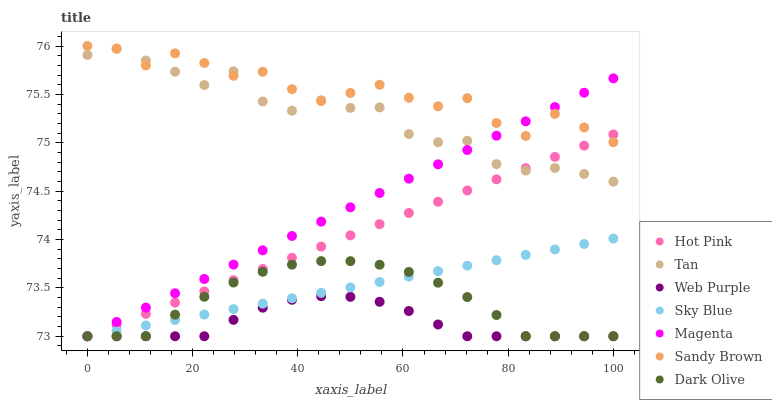
| xaxis_label | Hot Pink | Tan | Web Purple | Sky Blue | Magenta | Sandy Brown | Dark Olive |
 | --- | --- | --- | --- | --- | --- | --- | --- |
 | 0 | 73 | 75.9 | 73 | 73 | 73 | 76 | 73 |
 | 5.56 | 73.1 | 76 | 73 | 73.1 | 73.1 | 76 | 73 |
 | 11.1 | 73.2 | 75.9 | 73 | 73.1 | 73.3 | 75.8 | 73 |
 | 16.7 | 73.3 | 75.7 | 73 | 73.2 | 73.4 | 75.9 | 73.2 |
 | 22.2 | 73.5 | 75.6 | 73 | 73.2 | 73.6 | 75.8 | 73.4 |
 | 27.8 | 73.6 | 75.7 | 73.2 | 73.3 | 73.7 | 75.7 | 73.6 |
 | 33.3 | 73.7 | 75.4 | 73.3 | 73.3 | 73.9 | 75.7 | 73.7 |
 | 38.9 | 73.8 | 75.3 | 73.4 | 73.4 | 74 | 75.6 | 73.7 |
 | 44.4 | 73.9 | 75.4 | 73.4 | 73.4 | 74.2 | 75.4 | 73.8 |
 | 50 | 74 | 75.4 | 73.4 | 73.5 | 74.3 | 75.5 | 73.8 |
 | 55.6 | 74.2 | 75.4 | 73.4 | 73.6 | 74.5 | 75.6 | 73.7 |
 | 61.1 | 74.3 | 75.1 | 73.3 | 73.6 | 74.6 | 75.5 | 73.7 |
 | 66.7 | 74.4 | 75 | 73.1 | 73.7 | 74.8 | 75.4 | 73.6 |
 | 72.2 | 74.5 | 75 | 73 | 73.7 | 74.9 | 75.5 | 73.4 |
 | 77.8 | 74.6 | 74.8 | 73 | 73.8 | 75.1 | 75.2 | 73.2 |
 | 83.3 | 74.7 | 74.7 | 73 | 73.8 | 75.2 | 75.1 | 73 |
 | 88.9 | 74.9 | 74.7 | 73 | 73.9 | 75.4 | 75.3 | 73 |
 | 94.4 | 75 | 74.7 | 73 | 74 | 75.5 | 75.2 | 73 |
 | 100 | 75.1 | 74.6 | 73 | 74 | 75.7 | 75 | 73 |